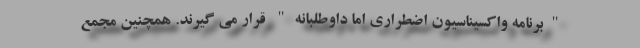
"برنامه واکسیناسیون اضطراری اما داوطلبانه" قرار می گیرند. همچنین مجمع